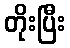
တိုးပြီး